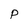
Character: P